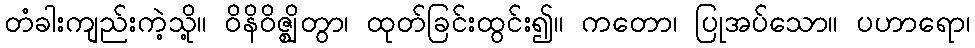
တံခါးကျည်းကဲ့သို့။ ဝိနိဝိဇ္ဈိတွာ၊ ထုတ်ခြင်းထွင်း၍။ ကတော၊ ပြုအပ်သော။ ပဟာရော၊